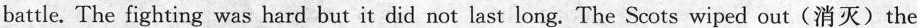
battle.The fighting was hard but it did not last long.The Scots wiped out (消灭) the